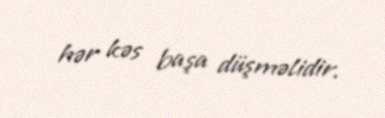
hər kəs başa düşməlidir.